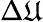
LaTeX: \Delta\mathfrak{U}